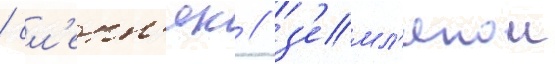
/ сл'епн'як / з'емл'янои